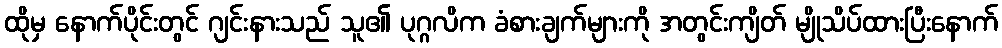
ထိုမှ နောက်ပိုင်းတွင် ဂျင်းနားသည် သူ၏ ပုဂ္ဂလိက ခံစားချက်များကို အတွင်းကျိတ် မျိုသိပ်ထားပြီးနောက်